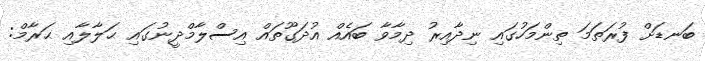
ބަނޑަށް ފުރަތަމަ ތިންމަހުގައި ނިދާއިރު ދިމާވާ ބައެއް އުދަގޫތައް އިސްލާމްދީނުގައި ޙަލާލާއި ޙަރާމް: